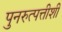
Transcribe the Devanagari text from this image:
पुनरुत्पत्तीशी